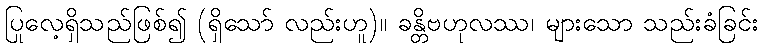
ပြုလေ့ရှိသည်ဖြစ်၍ (ရှိသော် လည်းဟူ)။ ခန္တိဗဟုလဿ၊ များသော သည်းခံခြင်း